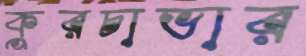
কুরচাভার